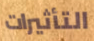
التأثيرات